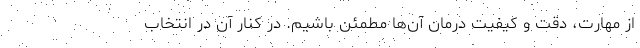
از مهارت، دقت و کیفیت درمان آن‌ها مطمئن باشیم. در کنار آن در انتخاب